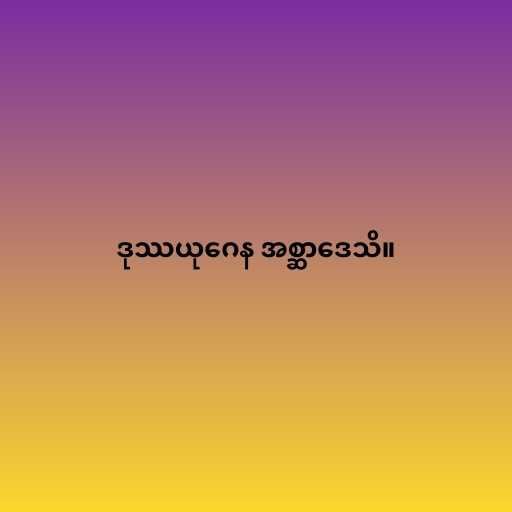
ဒုဿယုဂေန အစ္ဆာဒေသိ။